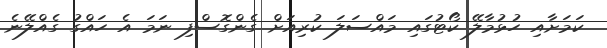
ކަމަށާއި ހުޅުމާލޭ ކޯޓުގައި މައްސަލަ ކުރިއަށް ގެންގޮސްފި ނަމަ އެ ހައްގު ގެއްލޭނެ